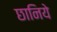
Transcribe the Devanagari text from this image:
छानिये